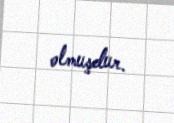
olmuşdur.